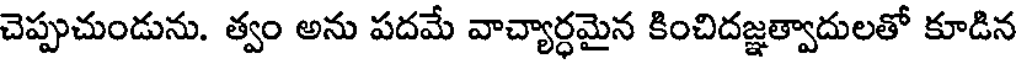
చెప్పుచుండును. త్వం అను పదమే వాచ్యార్ధమైన కించిదజ్ఞత్వాదులతో కూడిన